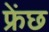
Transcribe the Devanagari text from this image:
फ्रेंछ